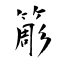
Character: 簓